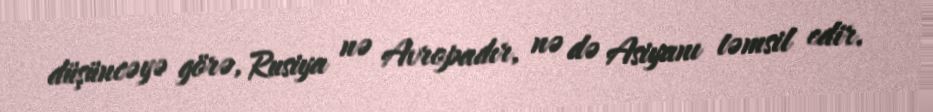
düşüncəyə görə, Rusiya nə Avropadır, nə də Asiyanı təmsil edir.